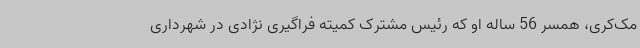
مک‌کری، همسر 56 ساله او که رئیس مشترک کمیته فراگیری نژادی در شهرداری